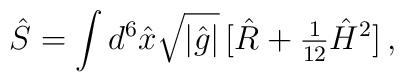
\hat{S}=\int d^{6}\hat{x}\sqrt{|\hat{g}|}\, [\hat{R}+{\textstyle\frac{1}{12}} \hat{H}^{2}]\, ,